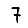
Digit: 7